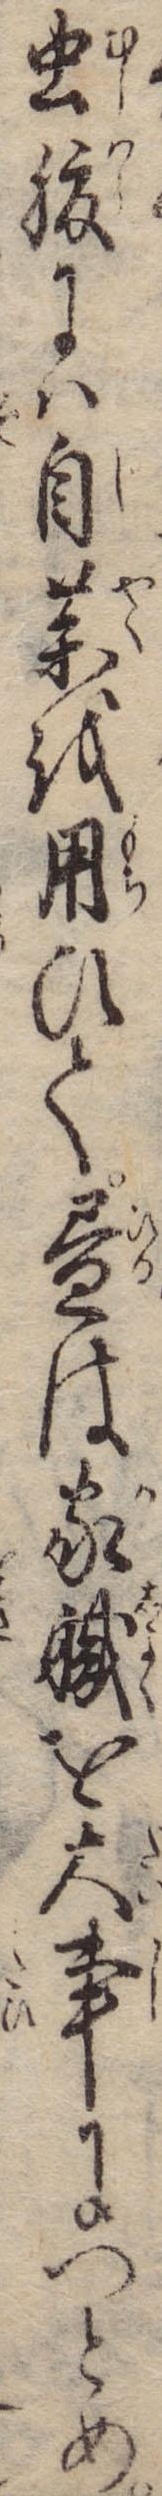
虫腹には自薬を用ひて昼は家職を大事につとめ